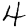
Digit: 4